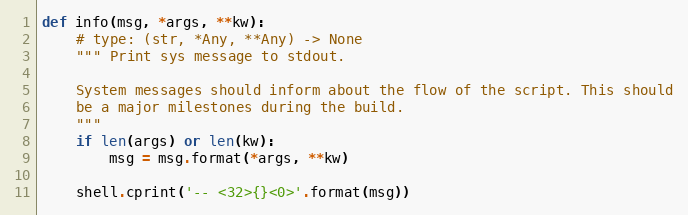
Language: Python
def info(msg, *args, **kw):
    # type: (str, *Any, **Any) -> None
    """ Print sys message to stdout.

    System messages should inform about the flow of the script. This should
    be a major milestones during the build.
    """
    if len(args) or len(kw):
        msg = msg.format(*args, **kw)

    shell.cprint('-- <32>{}<0>'.format(msg))